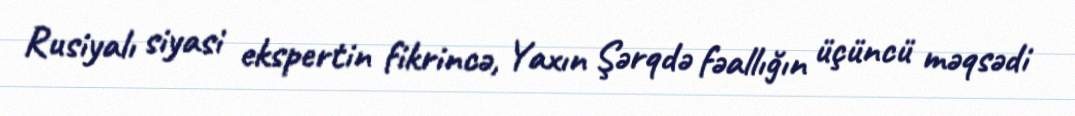
Rusiyalı siyasi ekspertin fikrincə, Yaxın Şərqdə fəallığın üçüncü məqsədi